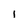
Character: i